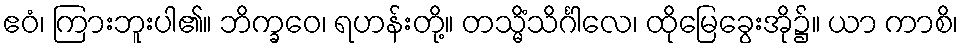
ဧဝံ၊ ကြားဘူးပါ၏။ ဘိက္ခဝေ၊ ရဟန်းတို့။ တသ္မိံသိင်္ဂါလေ၊ ထိုမြေခွေးအို၌။ ယာ ကာစိ၊